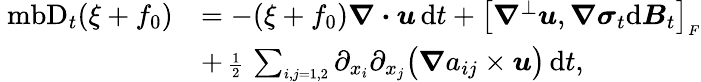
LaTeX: \begin{array}{rl}{\mathrm{\ mb{D}}_{t}(\xi+f_{0})}&{=-(\xi+f_{0})\boldsymbol{\nabla}\boldsymbol{\cdot}\boldsymbol{u}\, \mathrm{d}t+\big[\boldsymbol{\nabla}^{\perp}\boldsymbol{u},\boldsymbol{\nabla}\boldsymbol{\sigma}_{t}\mathrm{d}\boldsymbol{B}_{t}\big]_{\scriptscriptstyle F}}\\ &{+\mathrm{\scriptsize~\frac{1}{2}~}\sum_{\scriptscriptstyle i,j=1,2}\partial_{x_{i}}\partial_{x_{j}}\big(\boldsymbol{\nabla}a_{ij}\times\boldsymbol{u}\big)\, \mathrm{d}t,}\end{array}